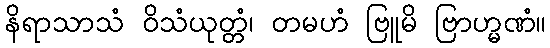
နိရာသာသံ ဝိသံယုတ္တံ၊ တမဟံ ဗြူမိ ဗြာဟ္မဏံ။